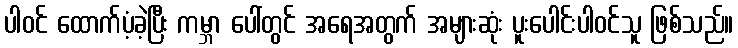
ပါဝင် ထောက်ပံ့ခဲ့ပြီး ကမ္ဘာ ပေါ်တွင် အရေအတွက် အများဆုံး ပူးပေါင်းပါဝင်သူ ဖြစ်သည်။